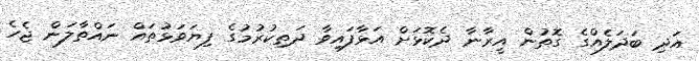
އަދި ބަދަލެއްގެ ގޮތުން އީރާނާ ދެކޮޅަށް އަޅާފައިވާ ދަތިކުރުމުގެ ފިޔަވަޅުތައް ނައްތާލަން ޖެހެ